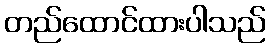
တည်ထောင်ထားပါသည်